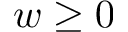
w \geq 0